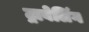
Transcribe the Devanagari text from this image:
ट्रावेलिंग